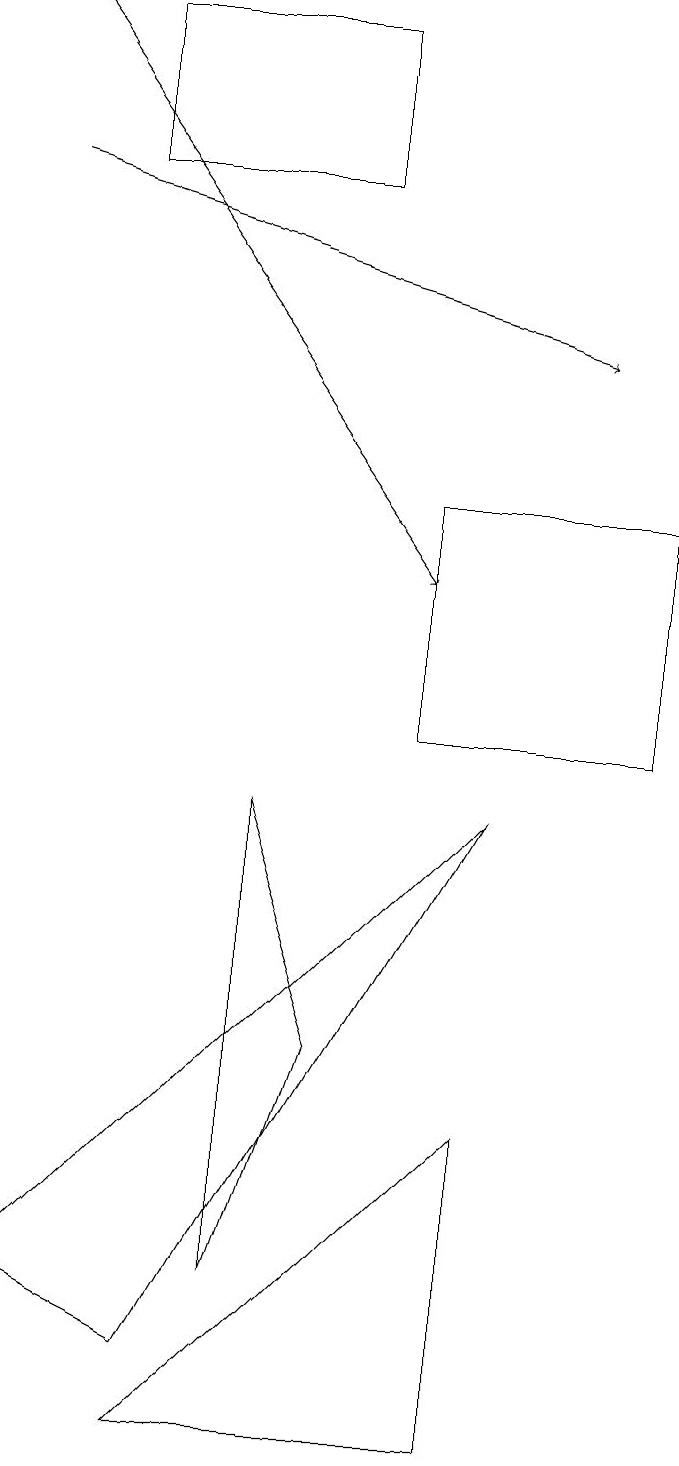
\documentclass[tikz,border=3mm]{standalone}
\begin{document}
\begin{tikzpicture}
\draw[->] (1,17) -- (8,15);
\draw (5,17) rectangle (2,19);
\draw (4,3) -- (5,6) -- (4,9) -- cycle;
\draw (7,5) -- (3,1) -- (7,1) -- cycle;
\draw (6,13) rectangle (9,10);
\draw (6,11) rectangle (6,11);
\draw[->] (1,19) -- (6,12);
\draw (1,3) -- (7,9) -- (3,2) -- cycle;
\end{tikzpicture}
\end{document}